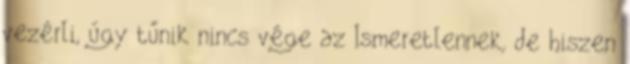
vezérli, úgy tűnik nincs vége az Ismeretlennek, de hiszen